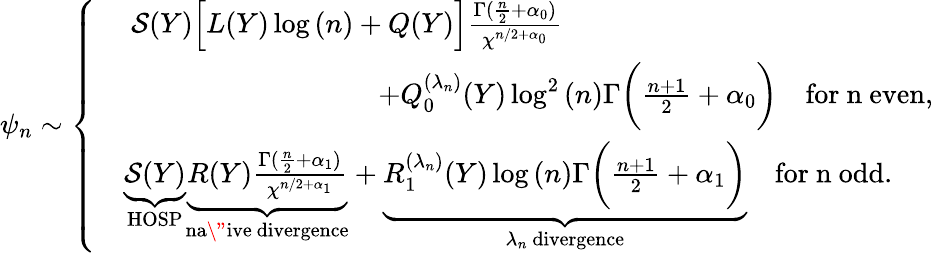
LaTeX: \psi_{n}\sim\left\{ \begin{array}{rl}&{~\mathcal{S}(Y)\Big[L(Y)\log{(n)}+Q(Y)\Big]\frac{\Gamma(\frac{n}{2}+\alpha_{0})}{\chi^{n/2+\alpha_{0}}}\qquad}\\ &{\qquad\qquad\qquad\qquad\quad+Q_{0}^{(\lambda_{n})}(Y)\log^{2}{(n)}\Gamma\bigg(\frac{n+1}{2}+\alpha_{0}\bigg)\quad\mathrm{for~n~even},}\\ &{\underbrace{\mathcal{S}(Y)}_{\mathrm{HOSP}}\underbrace{R(Y)\frac{\Gamma(\frac{n}{2}+\alpha_{1})}{\chi^{n/2+\alpha_{1}}}}_{\mathrm{na\" ive~divergence}}+\underbrace{R_{1}^{(\lambda_{n})}(Y)\log{(n)}\Gamma\bigg(\frac{n+1}{2}+\alpha_{1}\bigg)}_{{\lambda_{n}\mathrm{~divergence}}}\quad\mathrm{for~n~odd}.}\end{array}\right.